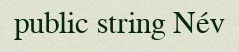
public string Név